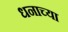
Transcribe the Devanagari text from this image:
धनाच्या